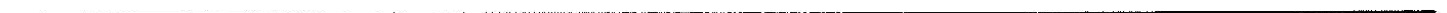
___